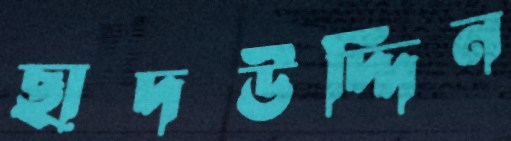
ছাদউদ্দিন